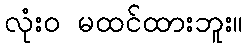
လုံးဝ မထင်ထားဘူး။